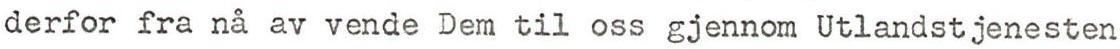
derfor fra n& av vende Dem til oss gjennom Utlandstjenesten